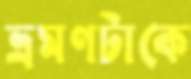
ভ্রমণটাকে